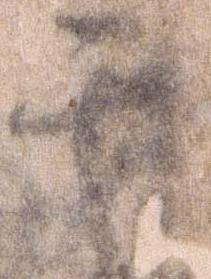
其